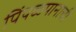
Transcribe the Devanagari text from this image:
पिंपळपानाची